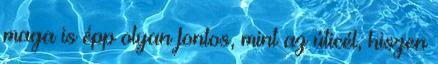
maga is épp olyan fontos, mint az úticél, hiszen